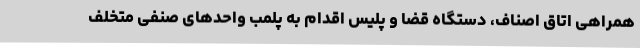
همراهی اتاق اصناف، دستگاه قضا و پلیس اقدام به پلمب واحدهای صنفی متخلف